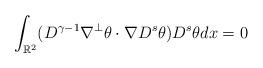
LaTeX: \begin{align*} \int_{\mathbb R^2} (D^{\gamma-1} \nabla^{\perp} \theta \cdot \nabla D^s \theta) D^s \theta dx =0 \end{align*}